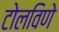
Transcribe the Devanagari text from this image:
टोलविणे